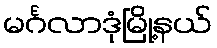
မင်္ဂလာဒုံမြို့နယ်